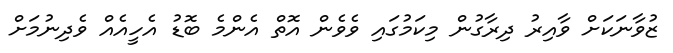
ޒުވާނަކަށް ވާއިރު ދިރާގުން މިކަމުގައި ވެވެން އޮތް އެންމެ ބޮޑު އެހީއެއް ވެދިނުމަށް